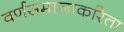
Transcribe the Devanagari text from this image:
वर्णसमाजाकरिता